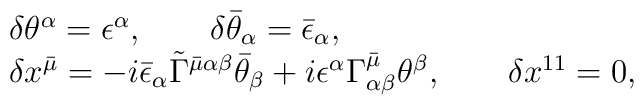
\begin{array}{l}\delta\theta^\alpha =\epsilon^\alpha, \qquad\delta\bar\theta_\alpha =\bar\epsilon_\alpha,\\\delta x^{\bar\mu}= -i\bar\epsilon_\alpha\tilde\Gamma^{{\bar\mu}\alpha\beta}\bar\theta_\beta+i\epsilon^\alpha\Gamma^{\bar\mu}_{\alpha\beta}\theta^\beta, \qquad\delta x^{11}=0,\end{array}